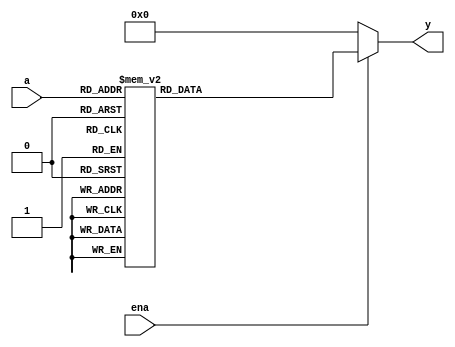


module decoder3e_test(a,ena,y);
  input [2:0] a;
  input ena;
  output [7:0] y; 
  reg[7:0] Y;
  


always @(ena or a)
begin
if(ena==0)
Y=8'b0000_0000;
else
case (a)
3'b000: Y=8'b0000_0001;
3'b001: Y=8'b0000_0010;
3'b010: Y=8'b0000_0100;
3'b011: Y=8'b0000_1000;
3'b100: Y=8'b0001_0000;
3'b101: Y=8'b0010_0000;
3'b110: Y=8'b0100_0000;
3'b111: Y=8'b1000_0000;
endcase
end
assign y=Y;





endmodule